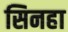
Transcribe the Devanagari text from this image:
सिनहा